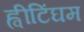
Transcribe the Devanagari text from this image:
ह्वीटिंघम